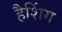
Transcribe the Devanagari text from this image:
हैशिंग